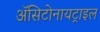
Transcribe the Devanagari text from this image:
ॲसिटोनायट्राइल